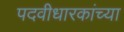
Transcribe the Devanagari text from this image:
पदवीधारकांच्या